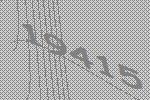
19415